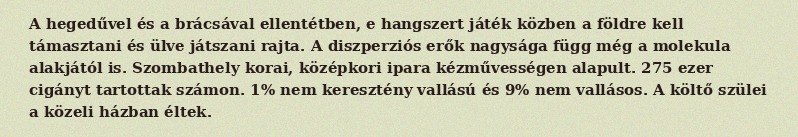
A hegedűvel és a brácsával ellentétben, e hangszert játék közben a földre kell támasztani és ülve játszani rajta. A diszperziós erők nagysága függ még a molekula alakjától is. Szombathely korai, középkori ipara kézművességen alapult. 275 ezer cigányt tartottak számon. 1% nem keresztény vallású és 9% nem vallásos. A költő szülei a közeli házban éltek.